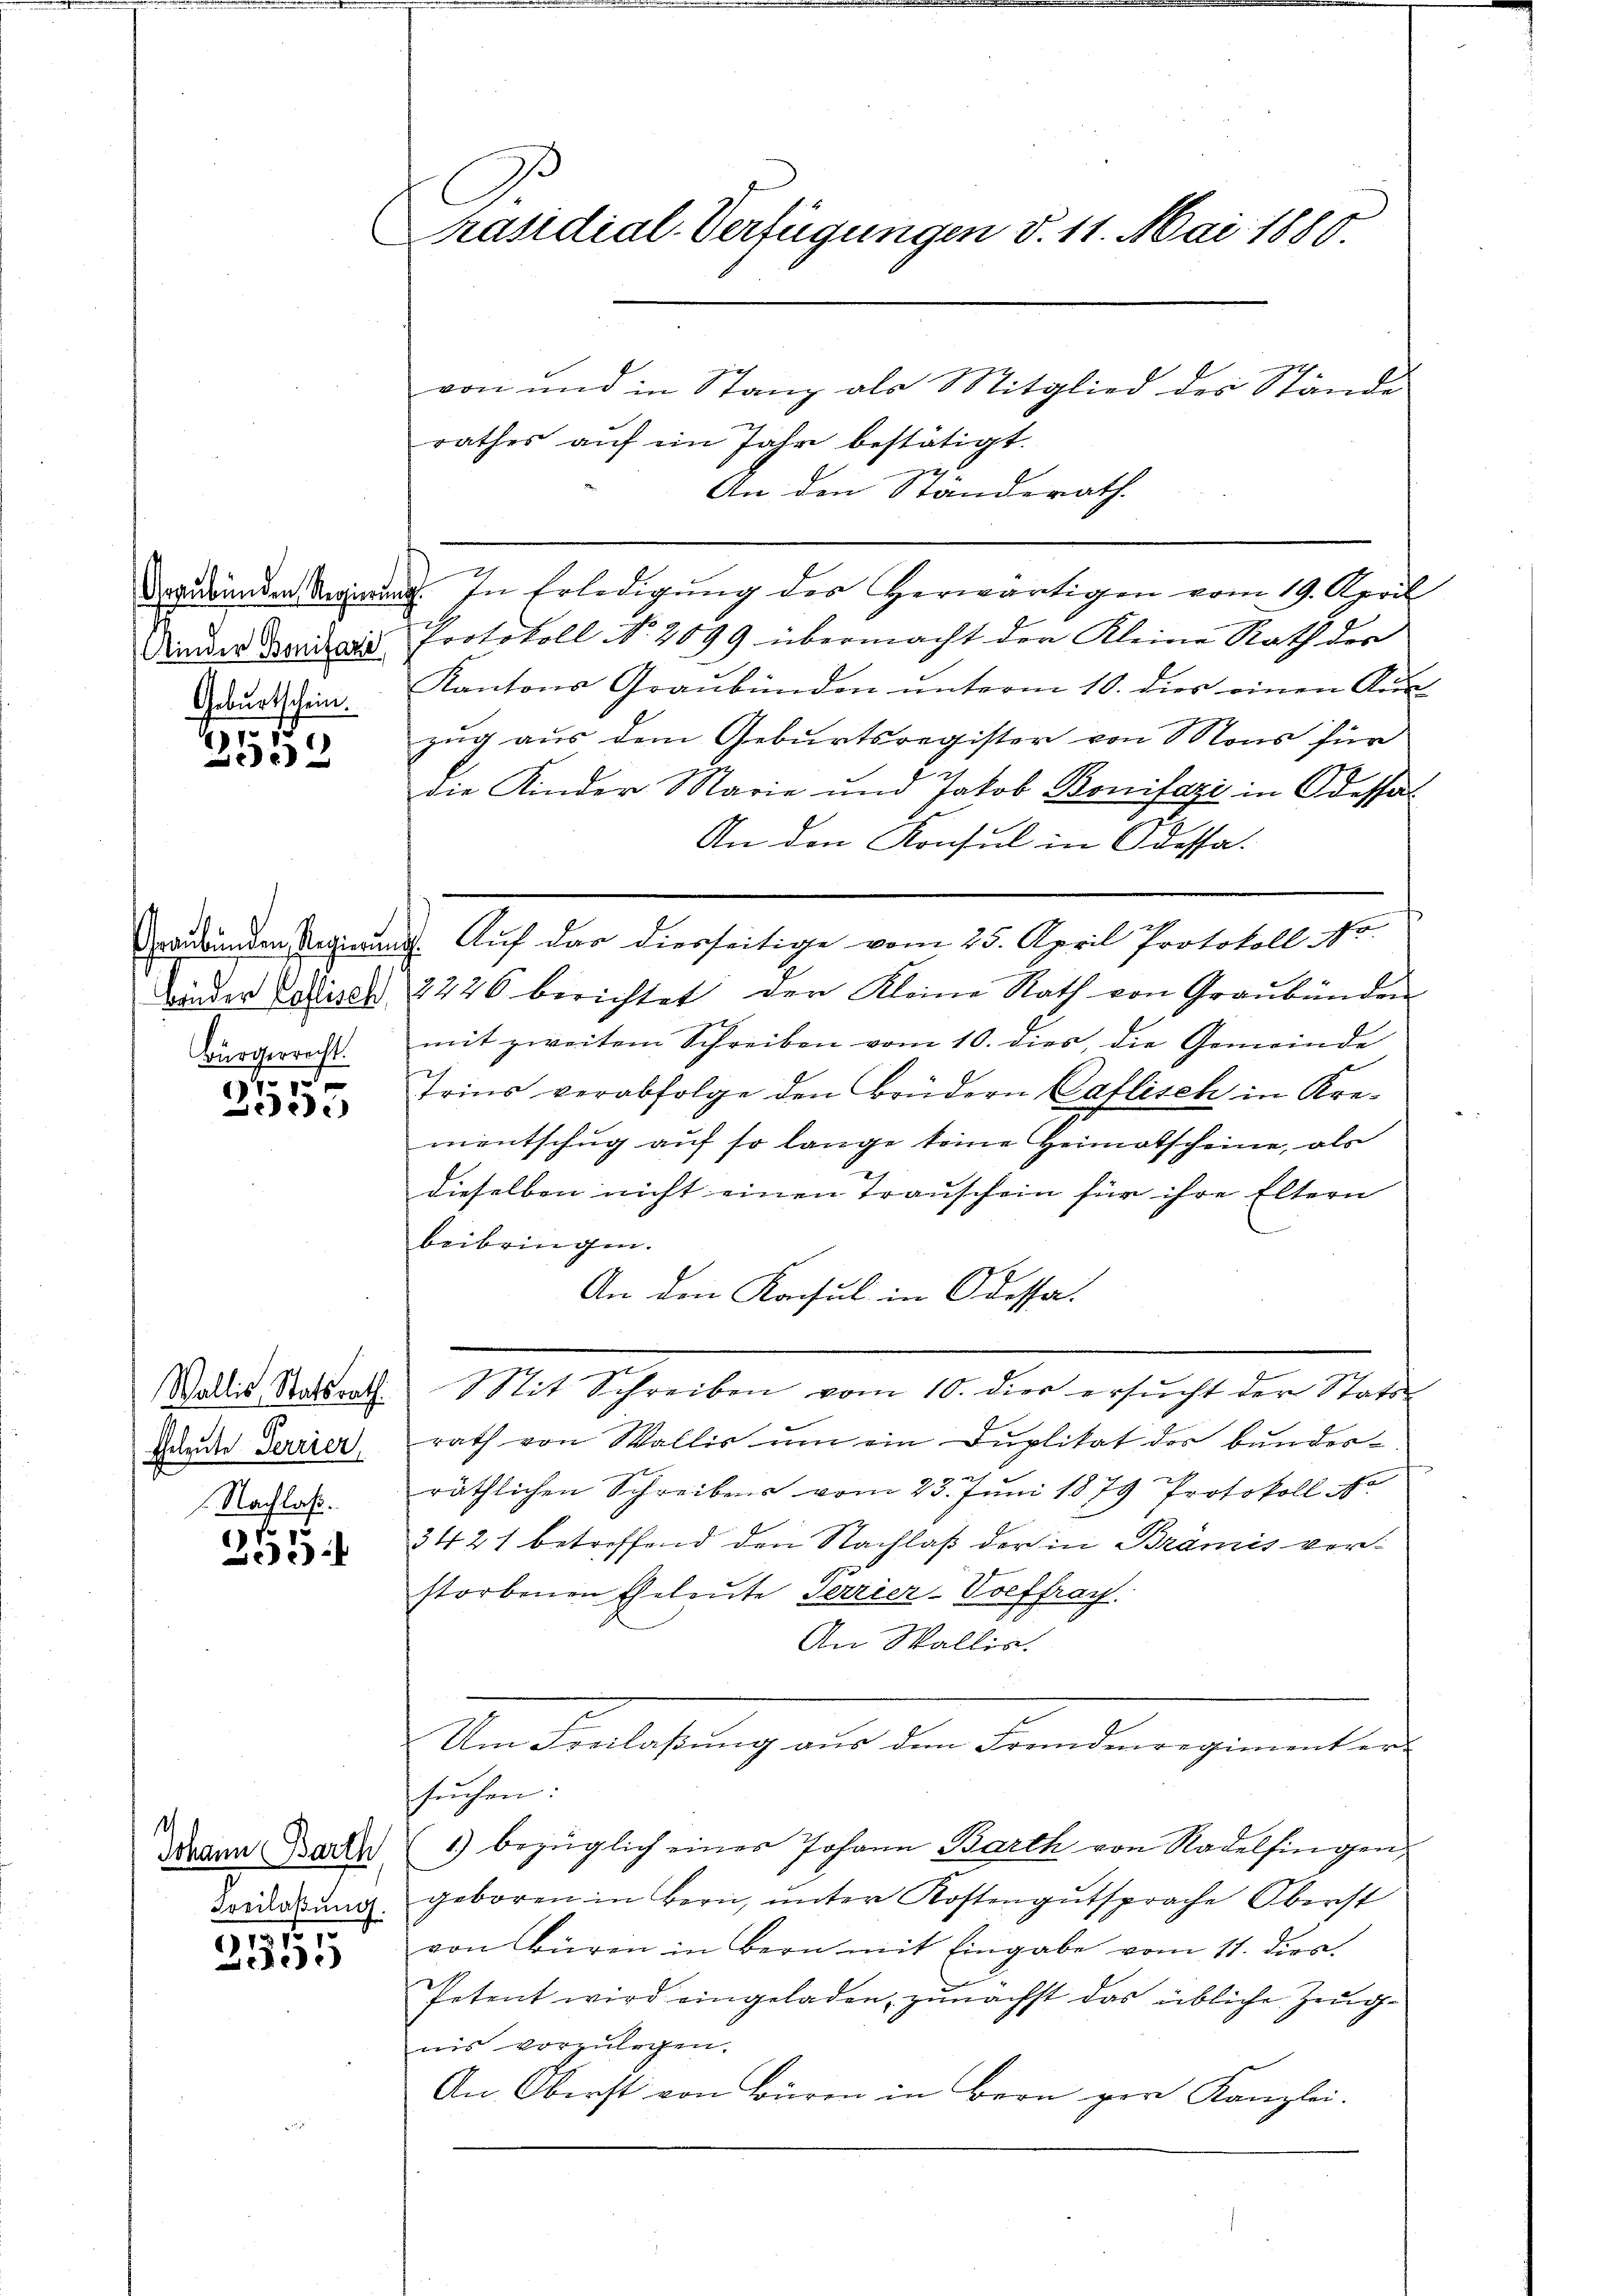
Präsidial-Verfügungen d. 11. Mai 1880.
von und in Stanz als Mitglied des Stände

rathes auf ein Jahr bestätigt.
2
An den Standerath.
Depirenden Kronung. In Erledigung des Herwärtigen vom 19. April
Protokoll No. 2099 übermacht der Kleine Rath des
Kantons Graubünden ŭnterm 10. dies einen Aus-
zug aus dem Geburtsregister von Mons für
e
die Kinder Marie und Jakob Bonifazi in Odessal
An den Konsul in Odessa.
Graubünden Regierung. Auf das dierseitige vom 25. April Protokoll No
Bieder Eliser 2226 berichtet der Kleine Rath von Graubünden
Bürgerrecht mit zweitem Schreiben vom 10. dies, die Gemeinde
Trins verabfolge den Brüdern Caflisch in Krementschug auf so lange keine Heimatscheine, als
dieselben nicht einen Trauschein für ihre Eltern
beibringen.
An den Konsul in Odessa.
n
Mit Schreiben vom 10. dies ersucht der Statu
rath von Wallis um ein Duplikat der bunder-

räthlichen Schreibens vom 23. Juni 1879 Protokoll No
3421 betreffend den Nachlaß der in Brämis vorstorbenen Eheleute Terrier-Voeffray.
An Wallis.
Um Freilassung aus den Fremdenregiment er-
suchen:
1) bezüglich einer Johann Barth von Radelfingen
geboren in Bern, ŭnter Kostengŭtsprache Oberst
von Büren in Bern mit Eingabe vom 11. dies.
Petent wird eingeladen, zunächst das übliche Zeugnis vorzulegen.
An Oberst von Büren in Bern per Kanzlei.

Kinder Bonifazi
Geburtschein.

1910 18
)

1
Jede

Wallis, Statsrath
Eheleute Terrier
Nachlaß.

6
5

s
Johann Barth
Freilassung.

e